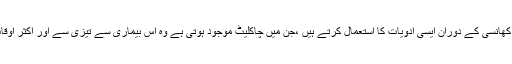
تحقیق کے دوران یہ بات سامنے آئی کہ جو مریض کھانسی کے دوران ایسی ادویات کا استعمال کرتے ہیں ،جن میں چاکلیٹ موجود ہوتی ہے وہ اس بیماری سے تیزی سے اور اکثر اوقات تو صرف دو دن میں چھٹکارا حاصل کرلیتے ہیں۔